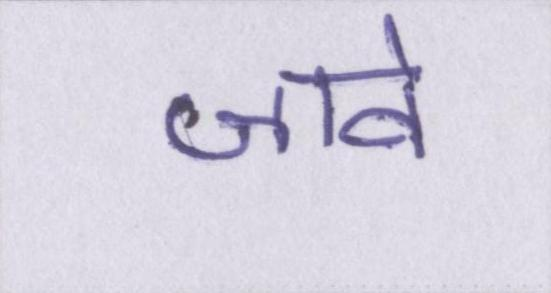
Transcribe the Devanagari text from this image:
जावे